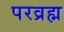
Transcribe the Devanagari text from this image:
परव्रह्म